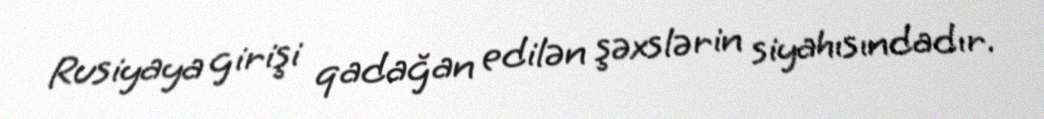
Rusiyaya girişi qadağan edilən şəxslərin siyahısındadır.